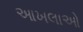
આખલાઓ